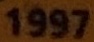
1997